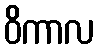
ဝိကာလ